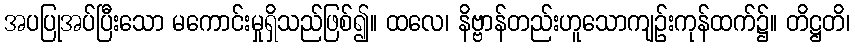
အပပြုအပ်ပြီးသော မကောင်းမှုရှိသည်ဖြစ်၍။ ထလေ၊ နိဗ္ဗာန်တည်းဟူသောကျဉ်းကုန်ထက်၌။ တိဋ္ဌတိ၊